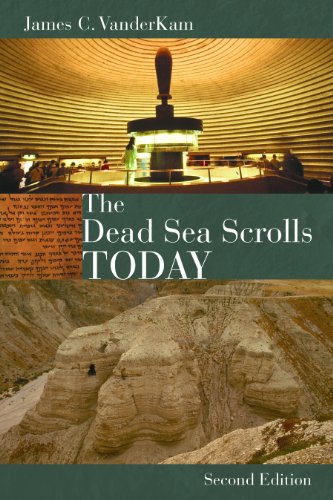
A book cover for The Dead Sea Scrolls Today, rev. ed; James VanderKam; Christian Books & Bibles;